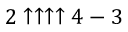
2 \uparrow \uparrow \uparrow \uparrow 4 - 3